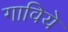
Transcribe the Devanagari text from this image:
गाविये